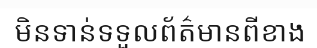
មិនទាន់ទទួលព័ត៌មានពីខាង